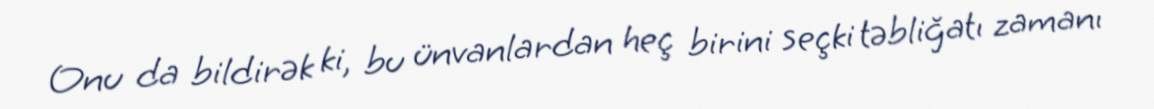
Onu da bildirək ki, bu ünvanlardan heç birini seçki təbliğatı zamanı